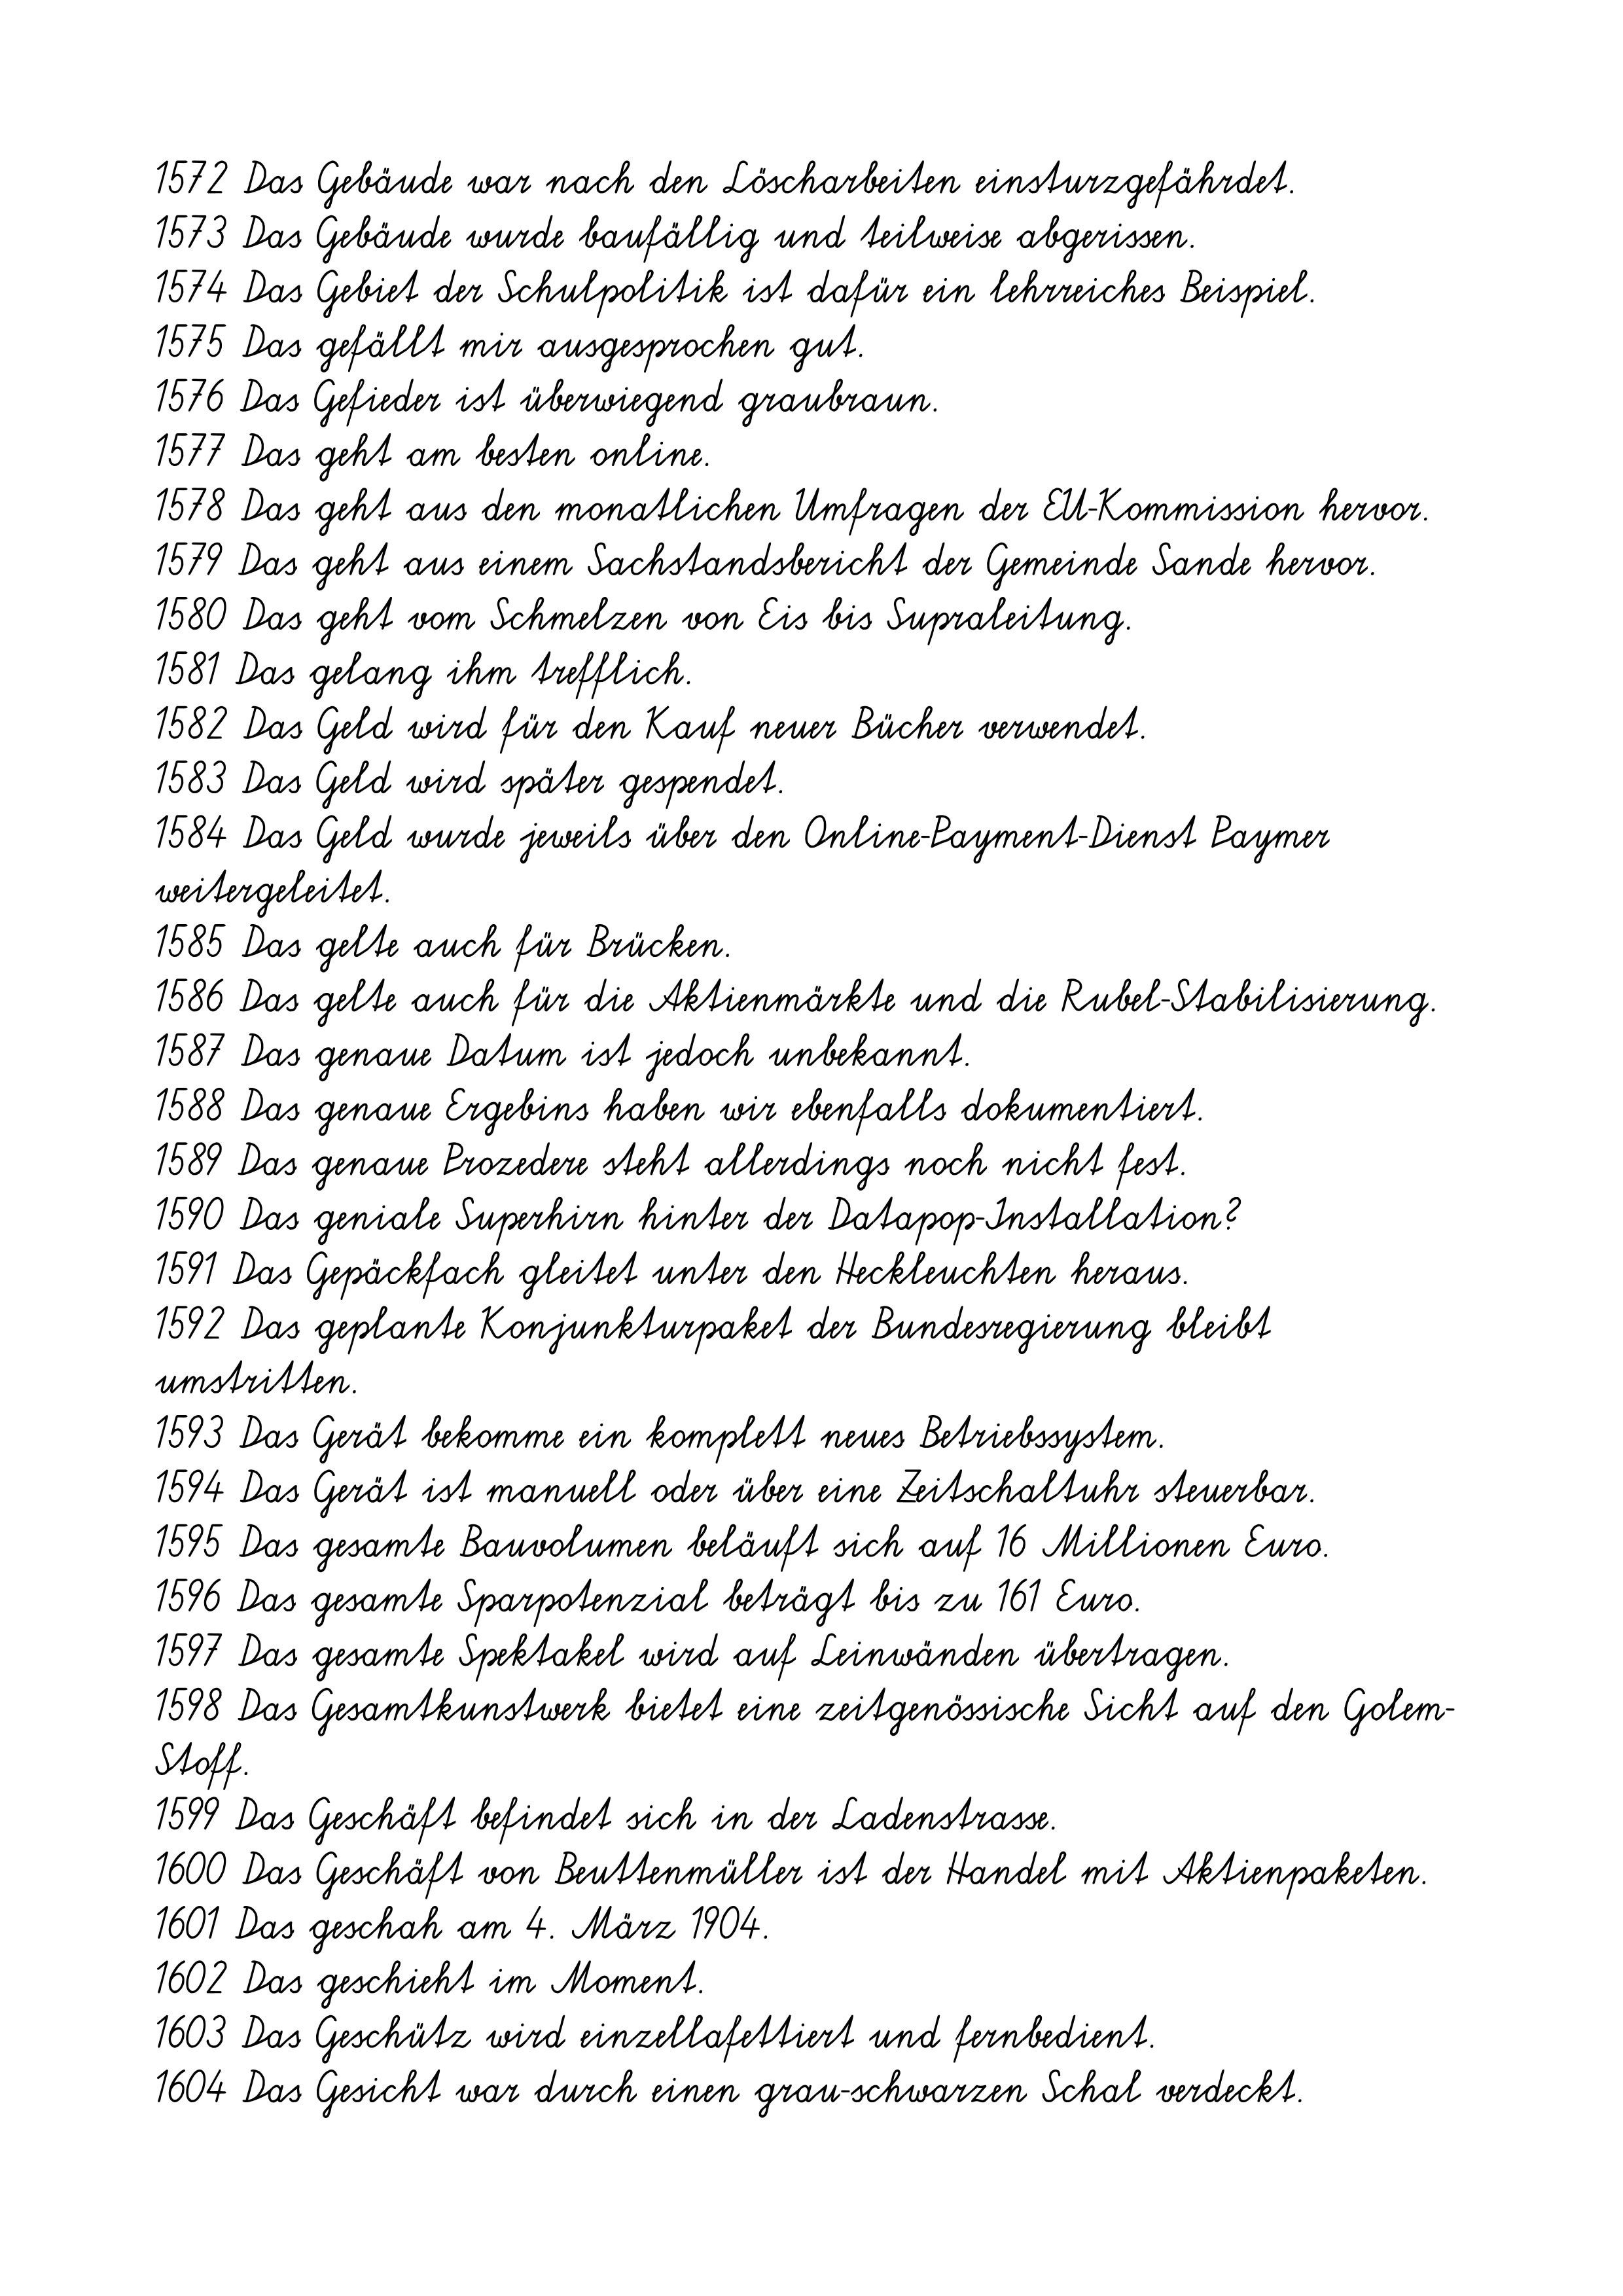
1572 Das Gebäude war nach den Löscharbeiten einsturzgefährdet.
1573 Das Gebäude wurde baufällig und teilweise abgerissen.
1574 Das Gebiet der Schulpolitik ist dafür ein lehrreiches Beispiel.
1575 Das gefällt mir ausgesprochen gut.
1576 Das Gefieder ist überwiegend graubraun.
1577 Das geht am besten online.
1578 Das geht aus den monatlichen Umfragen der EU-Kommission hervor.
1579 Das geht aus einem Sachstandsbericht der Gemeinde Sande hervor.
1580 Das geht vom Schmelzen von Eis bis Supraleitung.
1581 Das gelang ihm trefflich.
1582 Das Geld wird für den Kauf neuer Bücher verwendet.
1583 Das Geld wird später gespendet.
1584 Das Geld wurde jeweils über den Online-Payment-Dienst Paymer
weitergeleitet.
1585 Das gelte auch für Brücken.
1586 Das gelte auch für die Aktienmärkte und die Rubel-Stabilisierung.
1587 Das genaue Datum ist jedoch unbekannt.
1588 Das genaue Ergebins haben wir ebenfalls dokumentiert.
1589 Das genaue Prozedere steht allerdings noch nicht fest.
1590 Das geniale Superhirn hinter der Datapop-Installation?
1591 Das Gepäckfach gleitet unter den Heckleuchten heraus.
1592 Das geplante Konjunkturpaket der Bundesregierung bleibt
umstritten.
1593 Das Gerät bekomme ein komplett neues Betriebssystem.
1594 Das Gerät ist manuell oder über eine Zeitschaltuhr steuerbar.
1595 Das gesamte Bauvolumen beläuft sich auf 16 Millionen Euro.
1596 Das gesamte Sparpotenzial beträgt bis zu 161 Euro.
1597 Das gesamte Spektakel wird auf Leinwänden übertragen.
1598 Das Gesamtkunstwerk bietet eine zeitgenössische Sicht auf den Golem-
Stoff.
1599 Das Geschäft befindet sich in der Ladenstrasse.
1600 Das Geschäft von Beuttenmüller ist der Handel mit Aktienpaketen.
1601 Das geschah am 4. März 1904.
1602 Das geschieht im Moment.
1603 Das Geschütz wird einzellafettiert und fernbedient.
1604 Das Gesicht war durch einen grau-schwarzen Schal verdeckt.